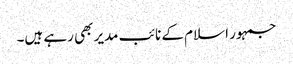
جمہور اسلام کے نائب مدیر بھی رہے ہیں۔